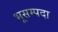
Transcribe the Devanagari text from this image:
भूसम्पदा